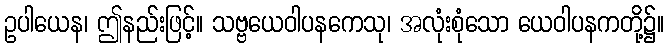
ဥပါယေန၊ ဤနည်းဖြင့်။ သဗ္ဗယေဝါပနကေသု၊ အလုံးစုံသော ယေဝါပနကတို့၌။